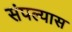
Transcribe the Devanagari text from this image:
संपल्यास